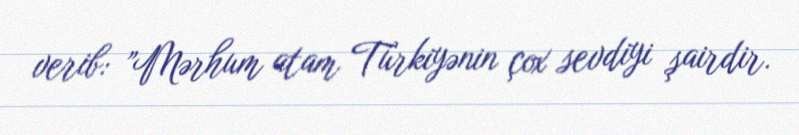
verib: ”Mərhum atam Türkiyənin çox sevdiyi şairdir.